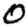
Digit: 0